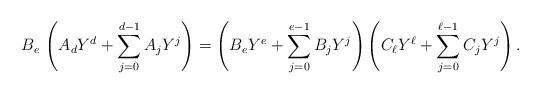
LaTeX: \begin{align*}B_e\, \left(A_dY^d+\sum _{j=0}^{d-1} A_jY^j\right) = \left(B_eY^e+\sum _{j=0}^{e-1} B_jY^j\right) \left(C_\ell Y^\ell+\sum _{j=0}^{\ell -1} C_jY^j\right).\end{align*}